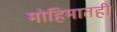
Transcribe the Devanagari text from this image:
मोहिमातही